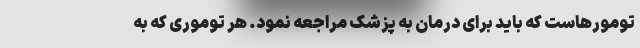
تومورهاست که باید برای درمان به پزشک مراجعه نمود. هر توموری که به